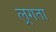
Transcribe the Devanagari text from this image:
ल्रगता